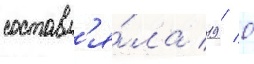
составл'я́ла 19 / 0